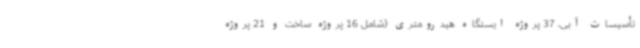
تأسیسات آبی، 37 پروژه ایستگاه هیدرومتری (شامل 16 پروژه ساخت و 21 پروژه